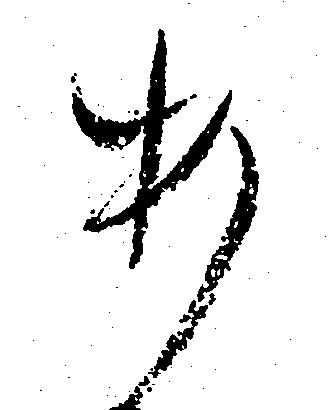
あ